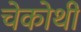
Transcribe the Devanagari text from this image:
चेकोथी